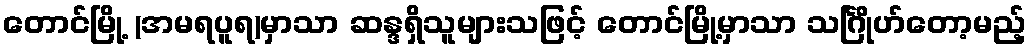
တောင်မြို့ (အမရပူရ)မှာသာ ဆန္ဒရှိသူများသဖြင့် တောင်မြို့မှာသာ သင်္ဂြိုဟ်တော့မည့်